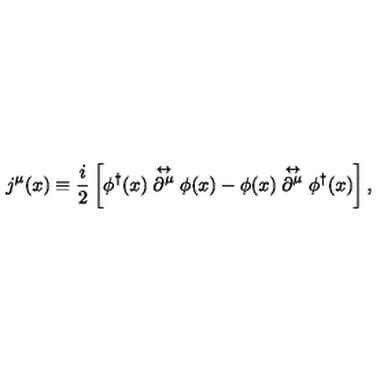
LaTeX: j ^ { \mu } ( x ) \equiv \frac { i } { 2 } \left[ \phi ^ { \dagger } ( x ) \stackrel { \leftrightarrow } { \partial ^ { \mu } } \phi ( x ) - \phi ( x ) \stackrel { \leftrightarrow } { \partial ^ { \mu } } \phi ^ { \dagger } ( x ) \right] ,